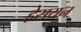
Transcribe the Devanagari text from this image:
हेसयन